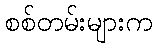
စစ်တမ်းများက